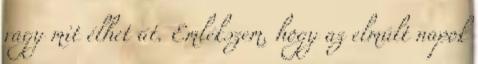
vagy mit élhet át. Emlékszem, hogy az elmúlt napok